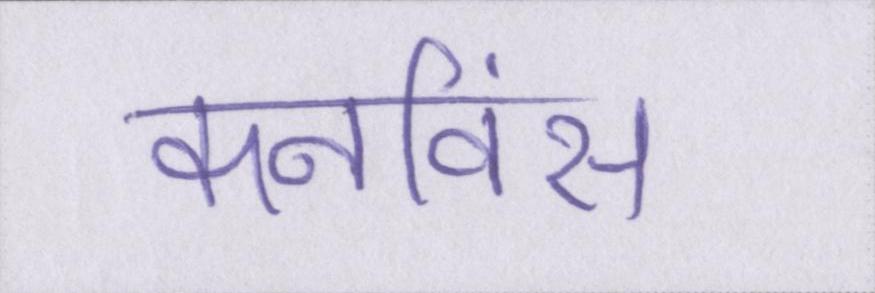
कनविंस